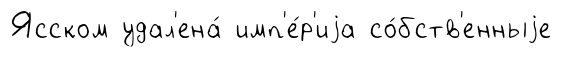
Ясском удал'ена́ имп'е́р'иjа со́бств'енныjе